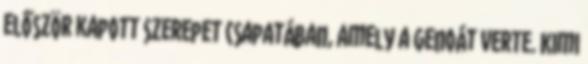
először kapott szerepet csapatában, amely a Genoát verte. Kimi